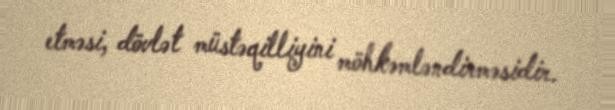
etməsi, dövlət müstəqilliyini möhkəmləndirməsidir.